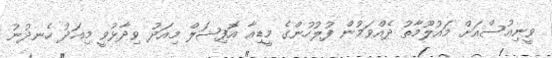
ވީނިއުސްއަށް މައުލޫމާތު ދެއްވަމުން ފުލުހުންގެ މީޑިއާ އޮފިޝަލް މިއަދު ވިދާޅުވީ މިއަދު ހެނދުނު